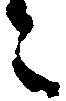
々